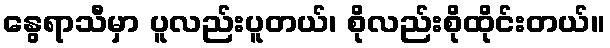
နွေရာသီမှာ ပူလည်းပူတယ်၊ စိုလည်းစိုထိုင်းတယ်။